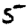
Digit: 5